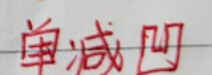
单减凹